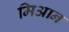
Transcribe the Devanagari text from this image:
मिआन